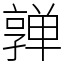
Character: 亸